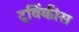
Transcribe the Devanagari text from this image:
ट्विंकीस